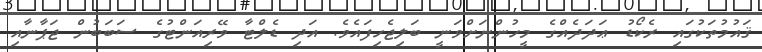
ޤައުމުތަކުގައި ރެކޯޑު ޢަދަދެއްގެ މީހުންނަށްވަނީ ބަލިޖެހިފައެވެ. އަދި ޑެލްޓާ ވޭރިއަންޓުގެ ސަބަބުން ޖަޕާނާއި